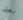
بعد